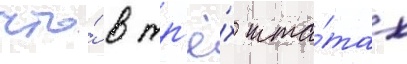
что́ в тр'ё́х шта́тах